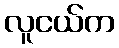
လူငယ်က